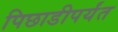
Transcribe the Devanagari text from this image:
पिछाडीपर्यंत